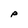
Character: P